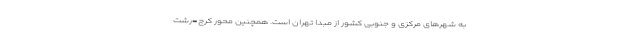
به شهرهای مرکزی و جنوبی کشور از مبدا تهران است. همچنین محور کرج-رشت